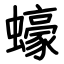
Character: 蠔